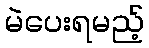
မဲပေးရမည့်